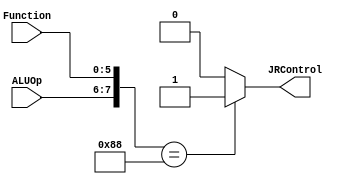
`timescale 1ns / 1ps
//////////////////////////////////////////////////////////////////////////////////
// Company: 
// Engineer: 
// 
// Design Name: 
// Module Name: JRControl_Block
// Project Name: 
// Target Devices: 
// Tool Versions: 
// Description: 
// 
// Dependencies: 
// 
// Revision:
// Revision 0.01 - File Created
// Additional Comments:
// 
//////////////////////////////////////////////////////////////////////////////////


module JRControl_Block(
JRControl, 
ALUOp, 
Function
);

output JRControl;
reg JRControl;
input [1:0] ALUOp;
input [5:0] Function;
wire [7:0] test;

assign test = {ALUOp,Function};

always @(test)

case (test)
 8'b10001000 : JRControl=1'b1; 
 default: JRControl=1'b0;
 
 endcase
 
endmodule